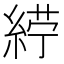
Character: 𮈙